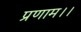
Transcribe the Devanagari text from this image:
प्रणाम।।